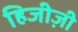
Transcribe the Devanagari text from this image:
हिजीज़ी